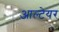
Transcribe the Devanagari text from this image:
आल्टेयर